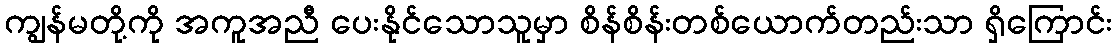
ကျွန်မတို့ကို အကူအညီ ပေးနိုင်သောသူမှာ စိန်စိန်းတစ်ယောက်တည်းသာ ရှိကြောင်း